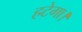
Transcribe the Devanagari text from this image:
हटेगा।